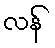
လန်